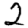
Digit: 2